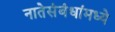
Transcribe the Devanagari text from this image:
नातेसंबंधांमध्ये